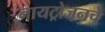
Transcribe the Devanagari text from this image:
नायट्रोजनचे